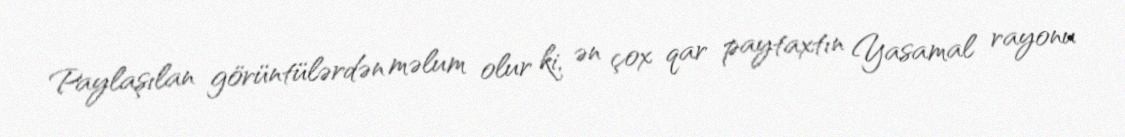
Paylaşılan görüntülərdən məlum olur ki, ən çox qar paytaxtın Yasamal rayonu